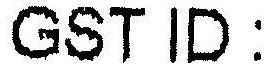
GST ID: